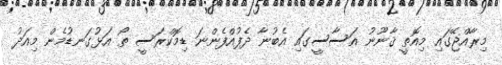
މިރާއްޖޭގައި މިއޮތީ ޤާނޫނު އަސާސީގައި އެބުނާ ދެފުއްފެންނަ ޑިމޮކްރަސީ ތޯ އަޅުގަނޑުމެން މިއަދު